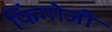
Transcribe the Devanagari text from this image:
फिंगोजी